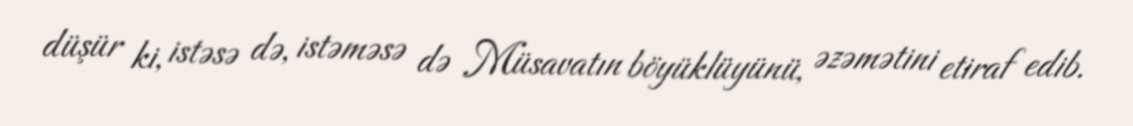
düşür ki, istəsə də, istəməsə də Müsavatın böyüklüyünü, əzəmətini etiraf edib.